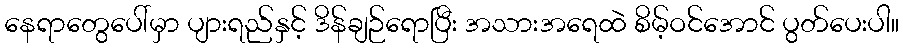
နေရာတွေပေါ်မှာ ပျားရည်နှင့် ဒိန်ချဉ်ရောပြီး အသားအရေထဲ စိမ့်ဝင်အောင် ပွတ်ပေးပါ။